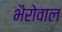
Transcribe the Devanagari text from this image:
भैरोवाल